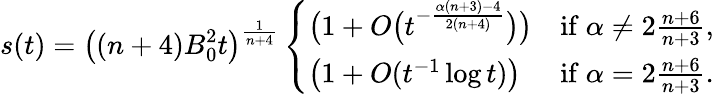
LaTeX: s(t)=\big((n+4)B_{0}^{2}t\big)^{\frac{1}{n+4}}\left\{ \begin{array}{ll}{\big(1+O\big(t^{-\frac{\alpha(n+3)-4}{2(n+4)}}\big)\big)}&{\mathrm{if~}\alpha\ne 2\frac{n+6}{n+3},}\\ {\left(1+O(t^{-1}\log t)\right)}&{\mathrm{if~}\alpha=2\frac{n+6}{n+3}.}\end{array}\right.